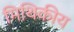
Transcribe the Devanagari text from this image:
मिथिकीय